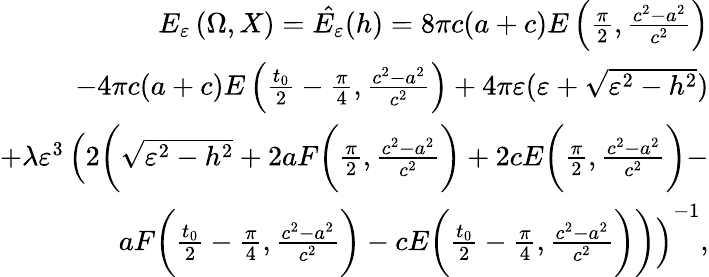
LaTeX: \begin{array}{r}{E_{\varepsilon}\left(\Omega,X\right)=\hat{E_{\varepsilon}}(h)=8\pi c(a+c)E\left(\frac{\pi}{2},{\frac{c^{2}-a^{2}}{c^{2}}}\right)}\\ {-4\pi c(a+c)E\left(\frac{t_{0}}{2}-\frac{\pi}{4},\frac{c^{2}-a^{2}}{c^{2}}\right)+4\pi\varepsilon(\varepsilon+\sqrt{\varepsilon^{2}-h^{2}})}\\ {+\lambda\varepsilon^{3}\left(2\bigg(\sqrt{\varepsilon^{2}-h^{2}}+2aF\bigg(\frac{\pi}{2},\frac{c^{2}-a^{2}}{c^{2}}\bigg)+2cE\bigg(\frac{\pi}{2},\frac{c^{2}-a^{2}}{c^{2}}\bigg)-\right.}\\ {\left.aF\bigg(\frac{t_{0}}{2}-\frac{\pi}{4},{\frac{c^{2}-a^{2}}{c^{2}}}\bigg)-cE\bigg(\frac{t_{0}}{2}-\frac{\pi}{4},{\frac{c^{2}-a^{2}}{c^{2}}}\bigg)\bigg)\right)^{-1},}\end{array}